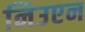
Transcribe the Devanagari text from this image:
निउएन